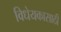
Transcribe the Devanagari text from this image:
विधेयकासाठी